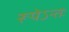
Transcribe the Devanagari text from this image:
रूपेऽन्तः